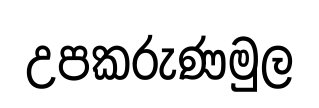
උපකරුණමුල